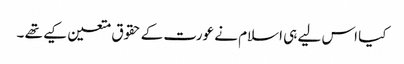
کیا اس لیے ہی اسلام نے عورت کے حقوق متعین کیے تھے ۔